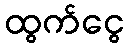
ထွက်ငွေ